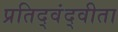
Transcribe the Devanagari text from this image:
प्रतिद्वंद्वीता